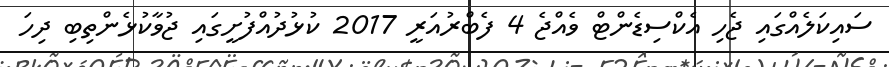
ސައިކަލެއްގައި ޖެހި އެކްސިޑެންޓް ވެއްޖެ 4 ފެބްރުއަރީ 2017 ކުޅުދުއްފުށީގައި ޖުވާކުޅެންތިބި ދިހަ